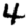
Digit: 4